system: You are a helpful assistant.
user:
Analyze the provided spectrum to determine if it is a **S-type Star**.

- **Key Indicators for S-type Star:**

    - **(Overall Spectrum Shape):** The first and most obvious characteristic is the overall continuum (the "baseline" shape). It is **extremely "red-sloping,"** meaning the flux (light intensity) is very low on the left side (blue, ~4000-4500 Å) and rises steeply and continuously toward the right side (red, ~7000 Å+).

    - **(Primary):** The spectrum is defined by the presence of strong, broad molecular absorption "valleys" (bands) from **Zirconium Oxide (ZrO)**. The identification of these bands is the **primary requirement** for classifying a star as S-type.
        - **(Key Bandheads):** You must find distinct, deep "dips" where the light has been absorbed. The most critical band systems to locate are:
            - **~6474 Å** ($\gamma$-system): This is often the strongest and clearest ZrO feature, found in the red part of the spectrum.
            - **~5718 Å** & **~5551 Å** ($\beta$-system): A pair of prominent absorption features in the yellow-orange part of the spectrum.
            - **~4640 Å** ($\alpha$-system): A key absorption band system in the blue-green region of the spectrum.

    - **(Secondary Confirmation):** The classification is strengthened by finding additional absorption bands from other related heavy element oxides, which are expected to be present alongside ZrO.
        - **(Key Bandheads):**
            - **Yttrium Oxide (YO):** Look for absorption dips near **~4800 Å** and **~6100 Å**.
            - **Lanthanum Oxide (LaO):** Additional absorption features, particularly in the red-orange part of the spectrum, are also characteristic.

    - **(Line Profile):** The combination of the steep red continuum and these numerous, deep molecular bands (ZrO, YO, etc.) gives the entire spectrum a very **"chopped-up"** or **"bumpy"** appearance. Instead of a smooth curve, the spectrum looks as though large, wide chunks of light have been "carved out" of it at the specific wavelengths listed above.

Think first, call **spectral_visualization_tool** if needed to examine features in detail, then provide your final answer. Your response must adhere to the following strict rules:
1.  **Overall Structure:** Your response must follow the format `<think>...</think> <tool_call>...</tool_call> (if a tool is used) <answer>...</answer>`.
2.  **Tool Usage Constraint:** You may only make **one** tool call per turn.
3.  **Final Answer Format:** In the `<answer>` tag, your conclusion must be inside a `\boxed{}` command (e.g., `\boxed{YES}` or `\boxed{NO}`), followed by your justification.

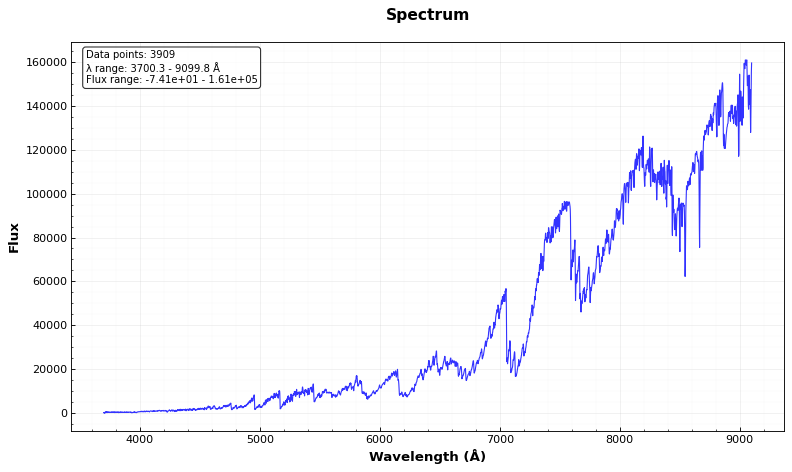
Answer: YES